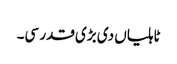
ٹاہلیاں دی بڑی قدر سی۔